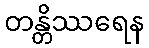
တန္တိဿရေန